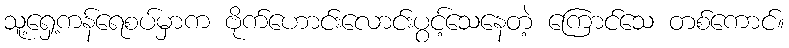
သူ့ရှေ့ကန်ရေစပ်မှာက ဗိုက်ဟောင်းလောင်းပွင့်သေနေတဲ့ ကြောင်သေ တစ်ကောင်။